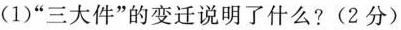
(1)”三大件”的变迁说明了什么?(2分)